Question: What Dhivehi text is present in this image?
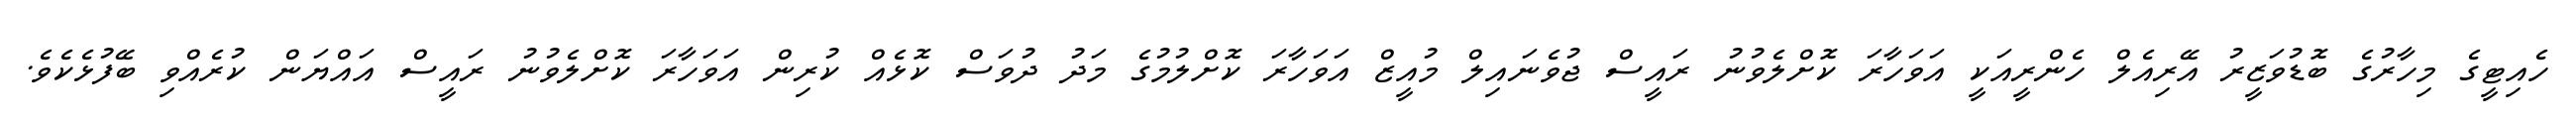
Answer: ހެއިޓީގެ މިހާރުގެ ބޮޑުވަޒީރު އޭރިއެލް ހެންރީއަކީ އަވަހާރަ ކޮށްލެވުނު ރައީސް ޖުވެނައިލް މުއީޒް އަވަހާރަ ކޮށްލުމުގެ މަދު ދުވަސް ކޮޅެއް ކުރިން އަވަހާރަ ކޮށްލެވުނު ރައީސް އައްޔަން ކުރެއްވި ބޭފުޅެކެވެ.